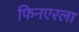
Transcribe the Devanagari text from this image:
फिनएरला